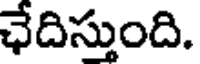
ఛేదిస్తుంది.